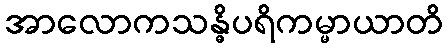
အာလောကသန္ဓိပရိကမ္မာယာတိ